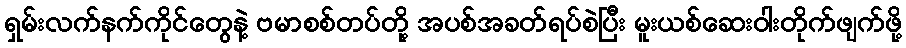
ရှမ်းလက်နက်ကိုင်တွေနဲ့ ဗမာစစ်တပ်တို့ အပစ်အခတ်ရပ်စဲပြီး မူးယစ်ဆေးဝါးတိုက်ဖျက်ဖို့